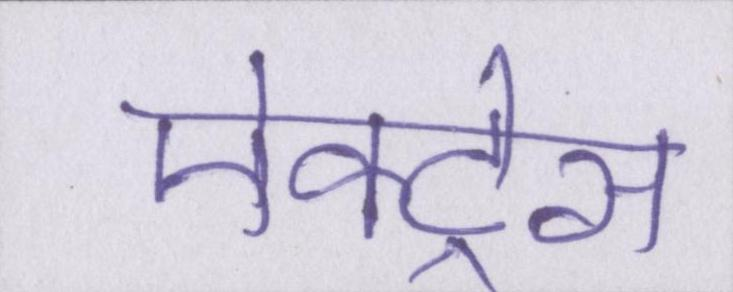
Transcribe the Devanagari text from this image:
ऐक्ट्रेस